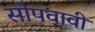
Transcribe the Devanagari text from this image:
सोपवावी